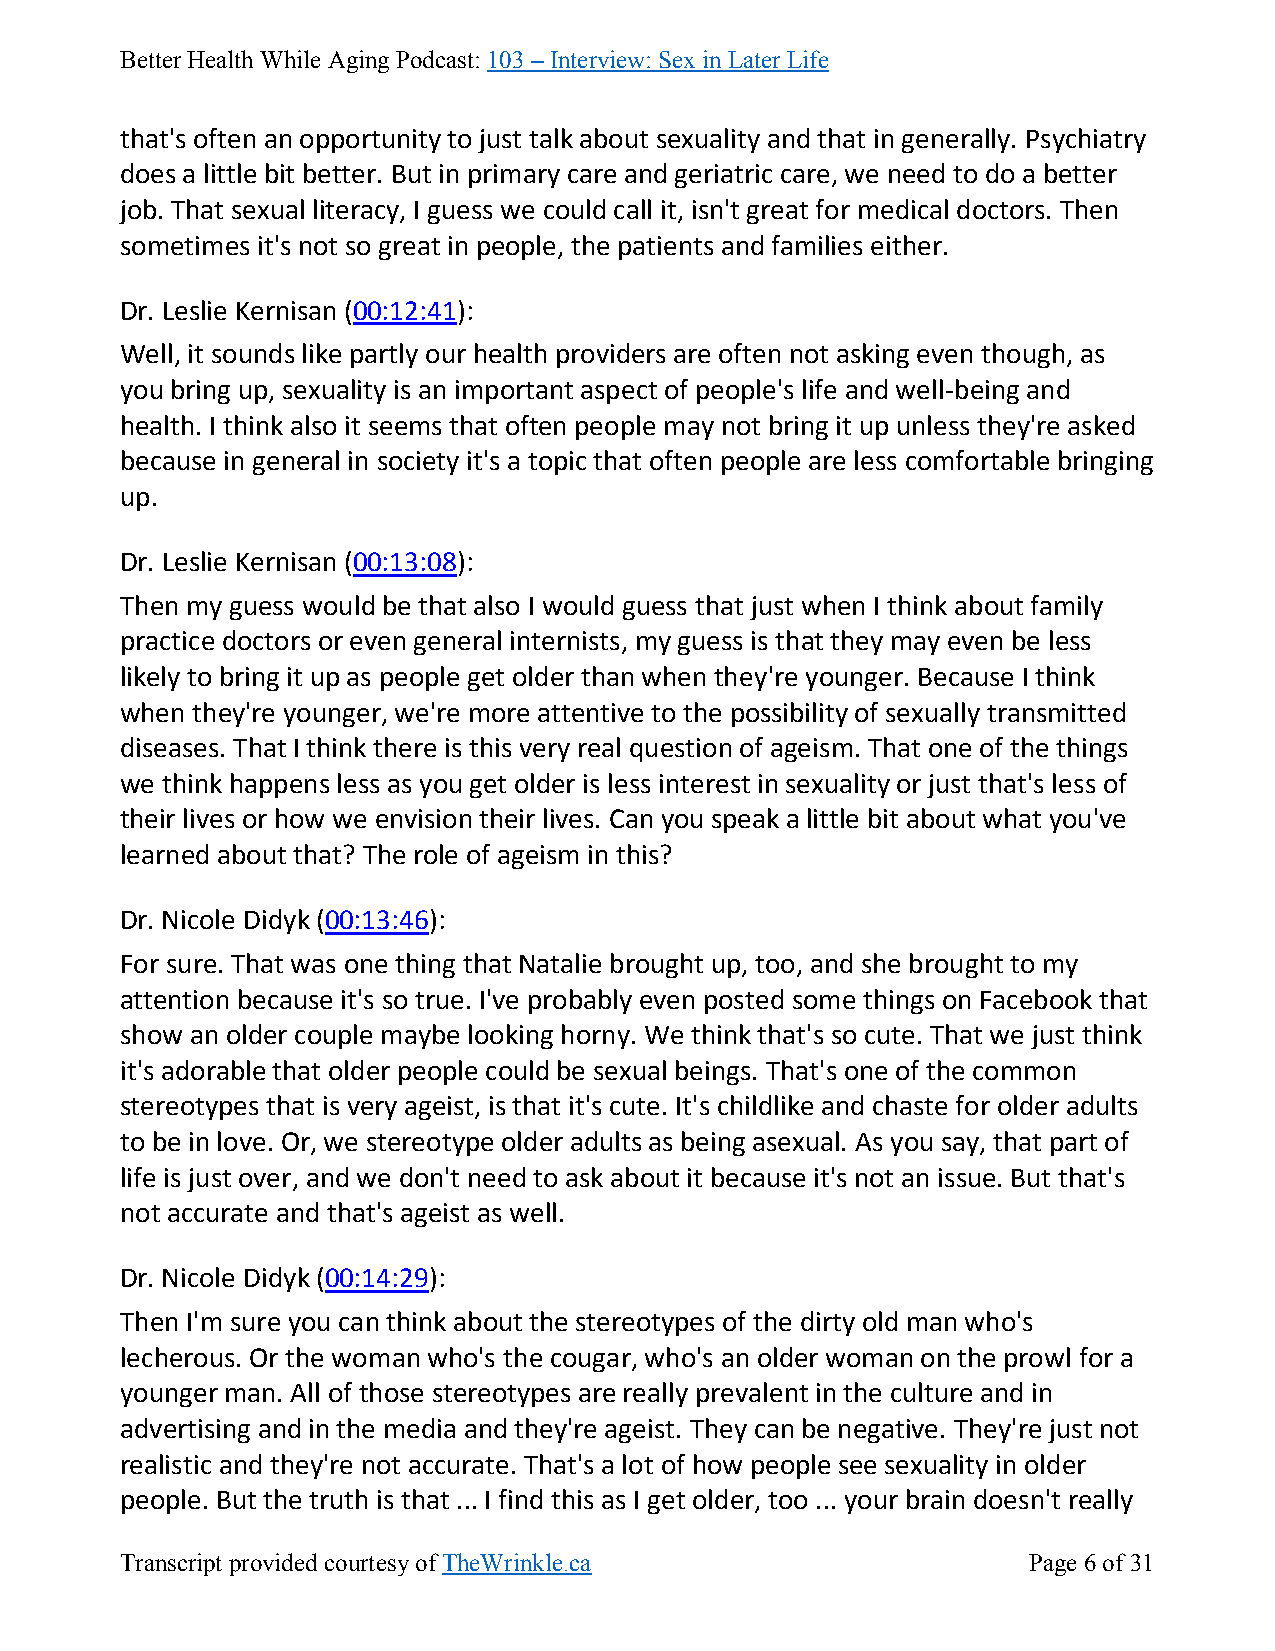
Better Health While Aging Podcast: 103 – Interview: Sex in Later Life
 that's often an opportunity to just talk about sexuality and that in generally. Psychiatry
 does a little bit better. But in primary care and geriatric care, we need to do a better
 job. That sexual literacy, I guess we could call it, isn't great for medical doctors. Then
 sometimes it's not so great in people, the patients and families either.
 Dr. Leslie Kernisan (00:12:41):
 Well, it sounds like partly our health providers are often not asking even though, as
 you bring up, sexuality is an important aspect of people's life and well-being and
 health. I think also it seems that often people may not bring it up unless they're asked
 because in general in society it's a topic that often people are less comfortable bringing
 up.
 Dr. Leslie Kernisan (00:13:08):
 Then my guess would be that also I would guess that just when I think about family
 practice doctors or even general internists, my guess is that they may even be less
 likely to bring it up as people get older than when they're younger. Because I think
 when they're younger, we're more attentive to the possibility of sexually transmitted
 diseases. That I think there is this very real question of ageism. That one of the things
 we think happens less as you get older is less interest in sexuality or just that's less of
 their lives or how we envision their lives. Can you speak a little bit about what you've
 learned about that? The role of ageism in this?
 Dr. Nicole Didyk (00:13:46):
 For sure. That was one thing that Natalie brought up, too, and she brought to my
 attention because it's so true. I've probably even posted some things on Facebook that
 show an older couple maybe looking horny. We think that's so cute. That we just think
 it's adorable that older people could be sexual beings. That's one of the common
 stereotypes that is very ageist, is that it's cute. It's childlike and chaste for older adults
 to be in love. Or, we stereotype older adults as being asexual. As you say, that part of
 life is just over, and we don't need to ask about it because it's not an issue. But that's
 not accurate and that's ageist as well.
 Dr. Nicole Didyk (00:14:29):
 Then I'm sure you can think about the stereotypes of the dirty old man who's
 lecherous. Or the woman who's the cougar, who's an older woman on the prowl for a
 younger man. All of those stereotypes are really prevalent in the culture and in
 advertising and in the media and they're ageist. They can be negative. They're just not
 realistic and they're not accurate. That's a lot of how people see sexuality in older
 people. But the truth is that ... I find this as I get older, too ... your brain doesn't really
 Transcript provided courtesy of TheWrinkle.ca               Page 6 of 31